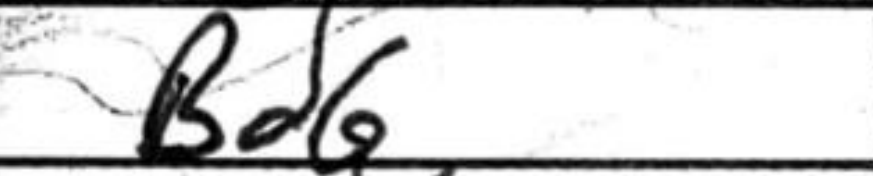
Transcription: Bd6